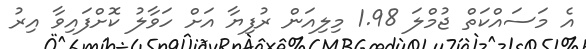
އެ މަސައްކަތް ޖުމްލަ 1.98 މިލިއަން ރުފިޔާ އަށް ހަވާލު ކޮށްފައިވާ އިރު